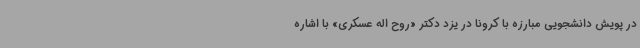
در پویش دانشجویی مبارزه با کرونا در یزد دکتر «روح اله عسکری» با اشاره